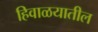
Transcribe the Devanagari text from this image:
हिवाळयातील